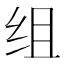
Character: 组